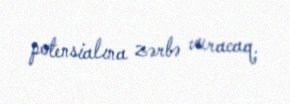
potensialına zərbə vuracaq.